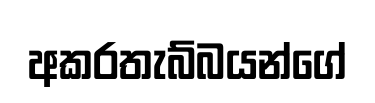
අකරතැබ්බයන්ගේ